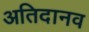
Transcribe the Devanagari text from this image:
अतिदानव